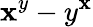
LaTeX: \mathbf{x}^{y}-y^{\mathbf{x}}